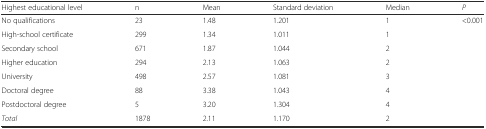
| Highest educational level | n | Mean | Standard deviation | Median | P |
 | --- | --- | --- | --- | --- | --- |
 | No qualifications | 23 | 1.48 | 1.201 | 1 | <0.001 |
 | High-school certificate | 299 | 1.34 | 1.011 | 1 |  |
 | Secondary school | 671 | 1.87 | 1.044 | 2 |  |
 | Higher education | 294 | 2.13 | 1.063 | 2 |  |
 | University | 498 | 2.57 | 1.081 | 3 |  |
 | Doctoral degree | 88 | 3.38 | 1.043 | 4 |  |
 | Postdoctoral degree | 5 | 3.20 | 1.304 | 4 |  |
 | Total | 1878 | 2.11 | 1.170 | 2 |  |